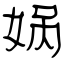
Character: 娲